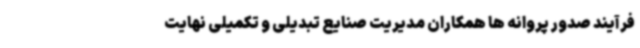
فرآیند صدور پروانه ها همکاران مدیریت صنایع تبدیلی و تکمیلی نهایت